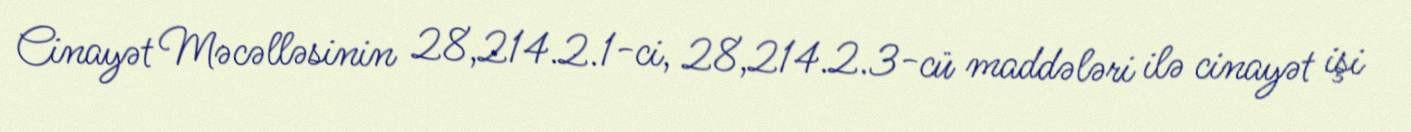
Cinayət Məcəlləsinin 28,214.2.1-ci, 28,214.2.3-cü maddələri ilə cinayət işi